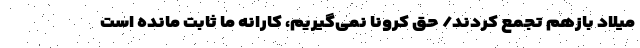
میلاد بازهم تجمع کردند/ حق کرونا نمی‌گیریم، کارانه ما ثابت مانده است